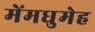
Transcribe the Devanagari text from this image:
मेंमधुमेह